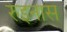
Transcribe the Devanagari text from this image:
रुइनास